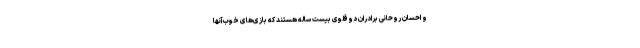
و احسان روحانی برادران دوقلوی بیست‌ ساله هستند که بازی‌های خوب آنها